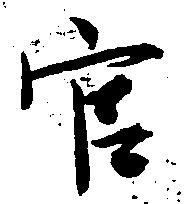
官